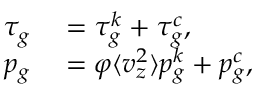
\begin{array} { r l } { \tau _ { g } } & { { } = \tau _ { g } ^ { k } + \tau _ { g } ^ { c } , } \\ { p _ { g } } & { { } = \varphi \langle v _ { z } ^ { 2 } \rangle p _ { g } ^ { k } + p _ { g } ^ { c } , } \end{array}